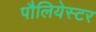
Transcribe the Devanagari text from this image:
पौलियेस्टर